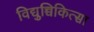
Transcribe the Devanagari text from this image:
विद्युच्चिकित्सा